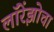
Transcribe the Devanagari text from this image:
लॉरेंझोचा